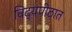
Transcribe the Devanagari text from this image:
विद्यपीठात